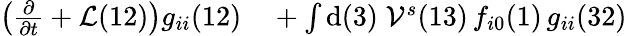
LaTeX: \begin{array}{rl}{\left(\frac{\partial}{\partial t}+\mathcal{L}(12)\right)g_{ii}(12)}&{{}+\int\mathrm{d}(3)\; \mathcal{V}^{s}(13)\, f_{i0}(1)\, g_{ii}(32)}\end{array}